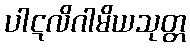
ပါဋလိဂါမိယသုတ္တ